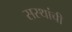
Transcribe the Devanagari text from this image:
सस्थांची